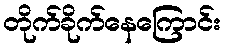
တိုက်ခိုက်နေကြောင်း